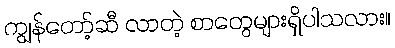
ကျွန်တော့်ဆီ လာတဲ့ စာတွေများရှိပါသလား။